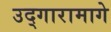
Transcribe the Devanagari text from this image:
उद्गारामागे